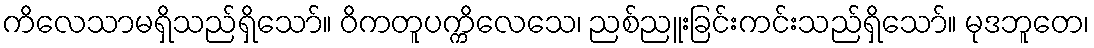
ကိလေသာမရှိသည်ရှိသော်။ ဝိကတူပက္ကိလေသေ၊ ညစ်ညူးခြင်းကင်းသည်ရှိသော်။ မုဒဘူတေ၊